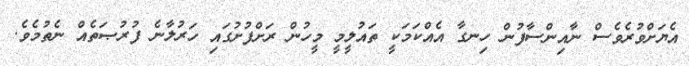
އެޔަށްވުރެވެސް ނާއިންސާފުން ހިނގާ އެއްކަމަކީ ތައުލީމީ މީހުން ރަށްފުށުގައި ހަރުލާނެ ފުރުޞަތެއް ނެތުމެވެ.